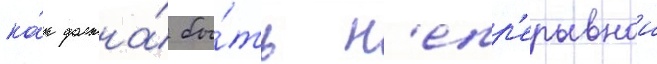
ка́к должна́ бы́ть н'епр'ерывнои